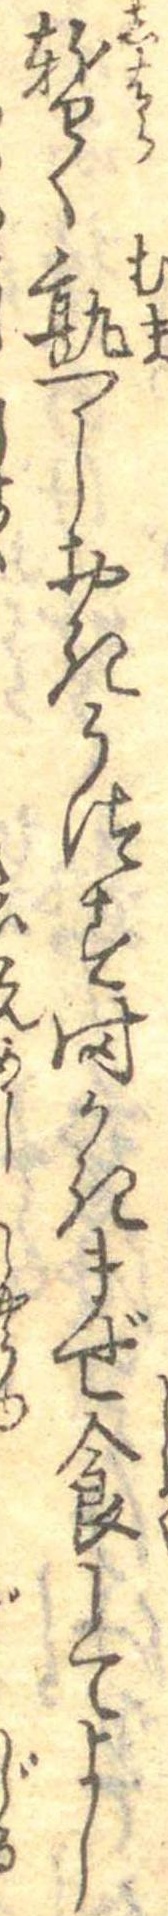
暫く熟しおきうつす時かきまぜ食してよし